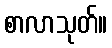
စာလာသုတ်။